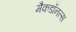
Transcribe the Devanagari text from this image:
मैकडॉनल्स